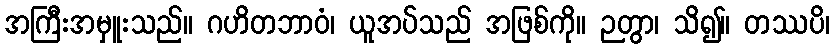
အကြီးအမှူးသည်။ ဂဟိတဘာဝံ၊ ယူအပ်သည် အဖြစ်ကို။ ဉတွာ၊ သိ၍။ တဿပိ၊